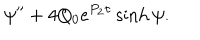
\psi ^ { \prime \prime } + 4 Q _ { 0 } e ^ { P _ { 2 } \tau } \sinh \psi .